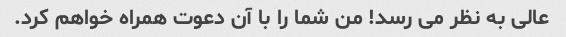
عالی به نظر می رسد! من شما را با آن دعوت همراه خواهم کرد.